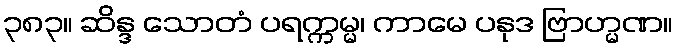
၃၈၃။ ဆိန္ဒ သောတံ ပရက္ကမ္မ၊ ကာမေ ပနုဒ ဗြာဟ္မဏ။